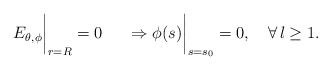
\begin{align*} \left.\phantom{\frac{1}{\mu_2}} E_{\theta, \phi}\right|_{r=R} = 0 \left.\phantom{\frac{1}{\mu_2}} \Rightarrow \phi(s)\right|_{s=s_0}=0 , \quad \forall \, l \geq 1.\end{align*}